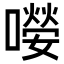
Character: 𡀘